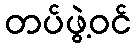
တပ်ဖွဲ့ဝင်